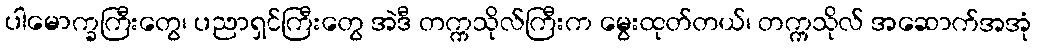
ပါမောက္ခကြီးတွေ၊ ပညာရှင်ကြီးတွေ အဲဒီ တက္ကသိုလ်ကြီးက မွေးထုတ်တယ်၊ တက္ကသိုလ် အဆောက်အအုံ